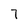
Character: 7